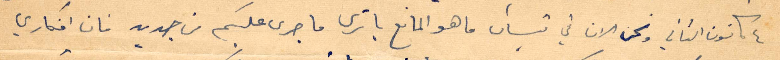
كانون الثاني ونحن الآن في نيسان ما هو المانع يا ترى ما جرى عليكم من جديد فان افكاري